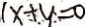
x + y = 0